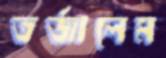
তর্জালেম